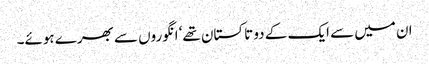
ان میں سے ایک کے دو تاکستان تھے‘ انگوروں سے بھرے ہوئے۔